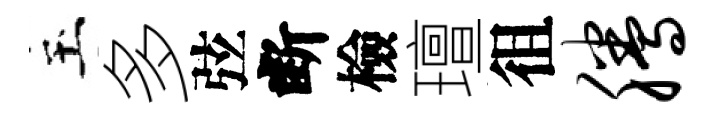
玉多弦断檢璮徂腾